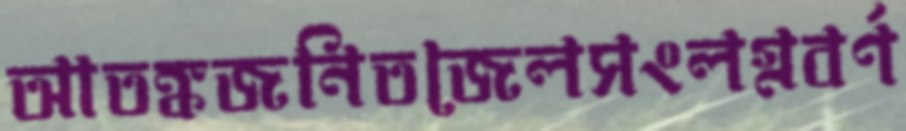
আতঙ্কজনিতজেলসংলগ্নবর্ণ